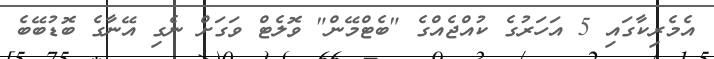
އެމެރިކާގައި 5 އަހަރުގެ ކުއްޖެއްގެ "ބެޓްމޭން" ވޮލެޓް ވަގަށް ނެގި އޭނާގެ ބޮޑުބޭބެ